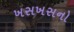
ખસખસનો